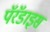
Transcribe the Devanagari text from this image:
पॅरॅडाइस